Bréfritari: Jón Jónsson
Viðtakandi: Jón Borgfirðings Jónsson
Dagsetning: A-1856-10-28
Skrifað á: Hesti  Borg.

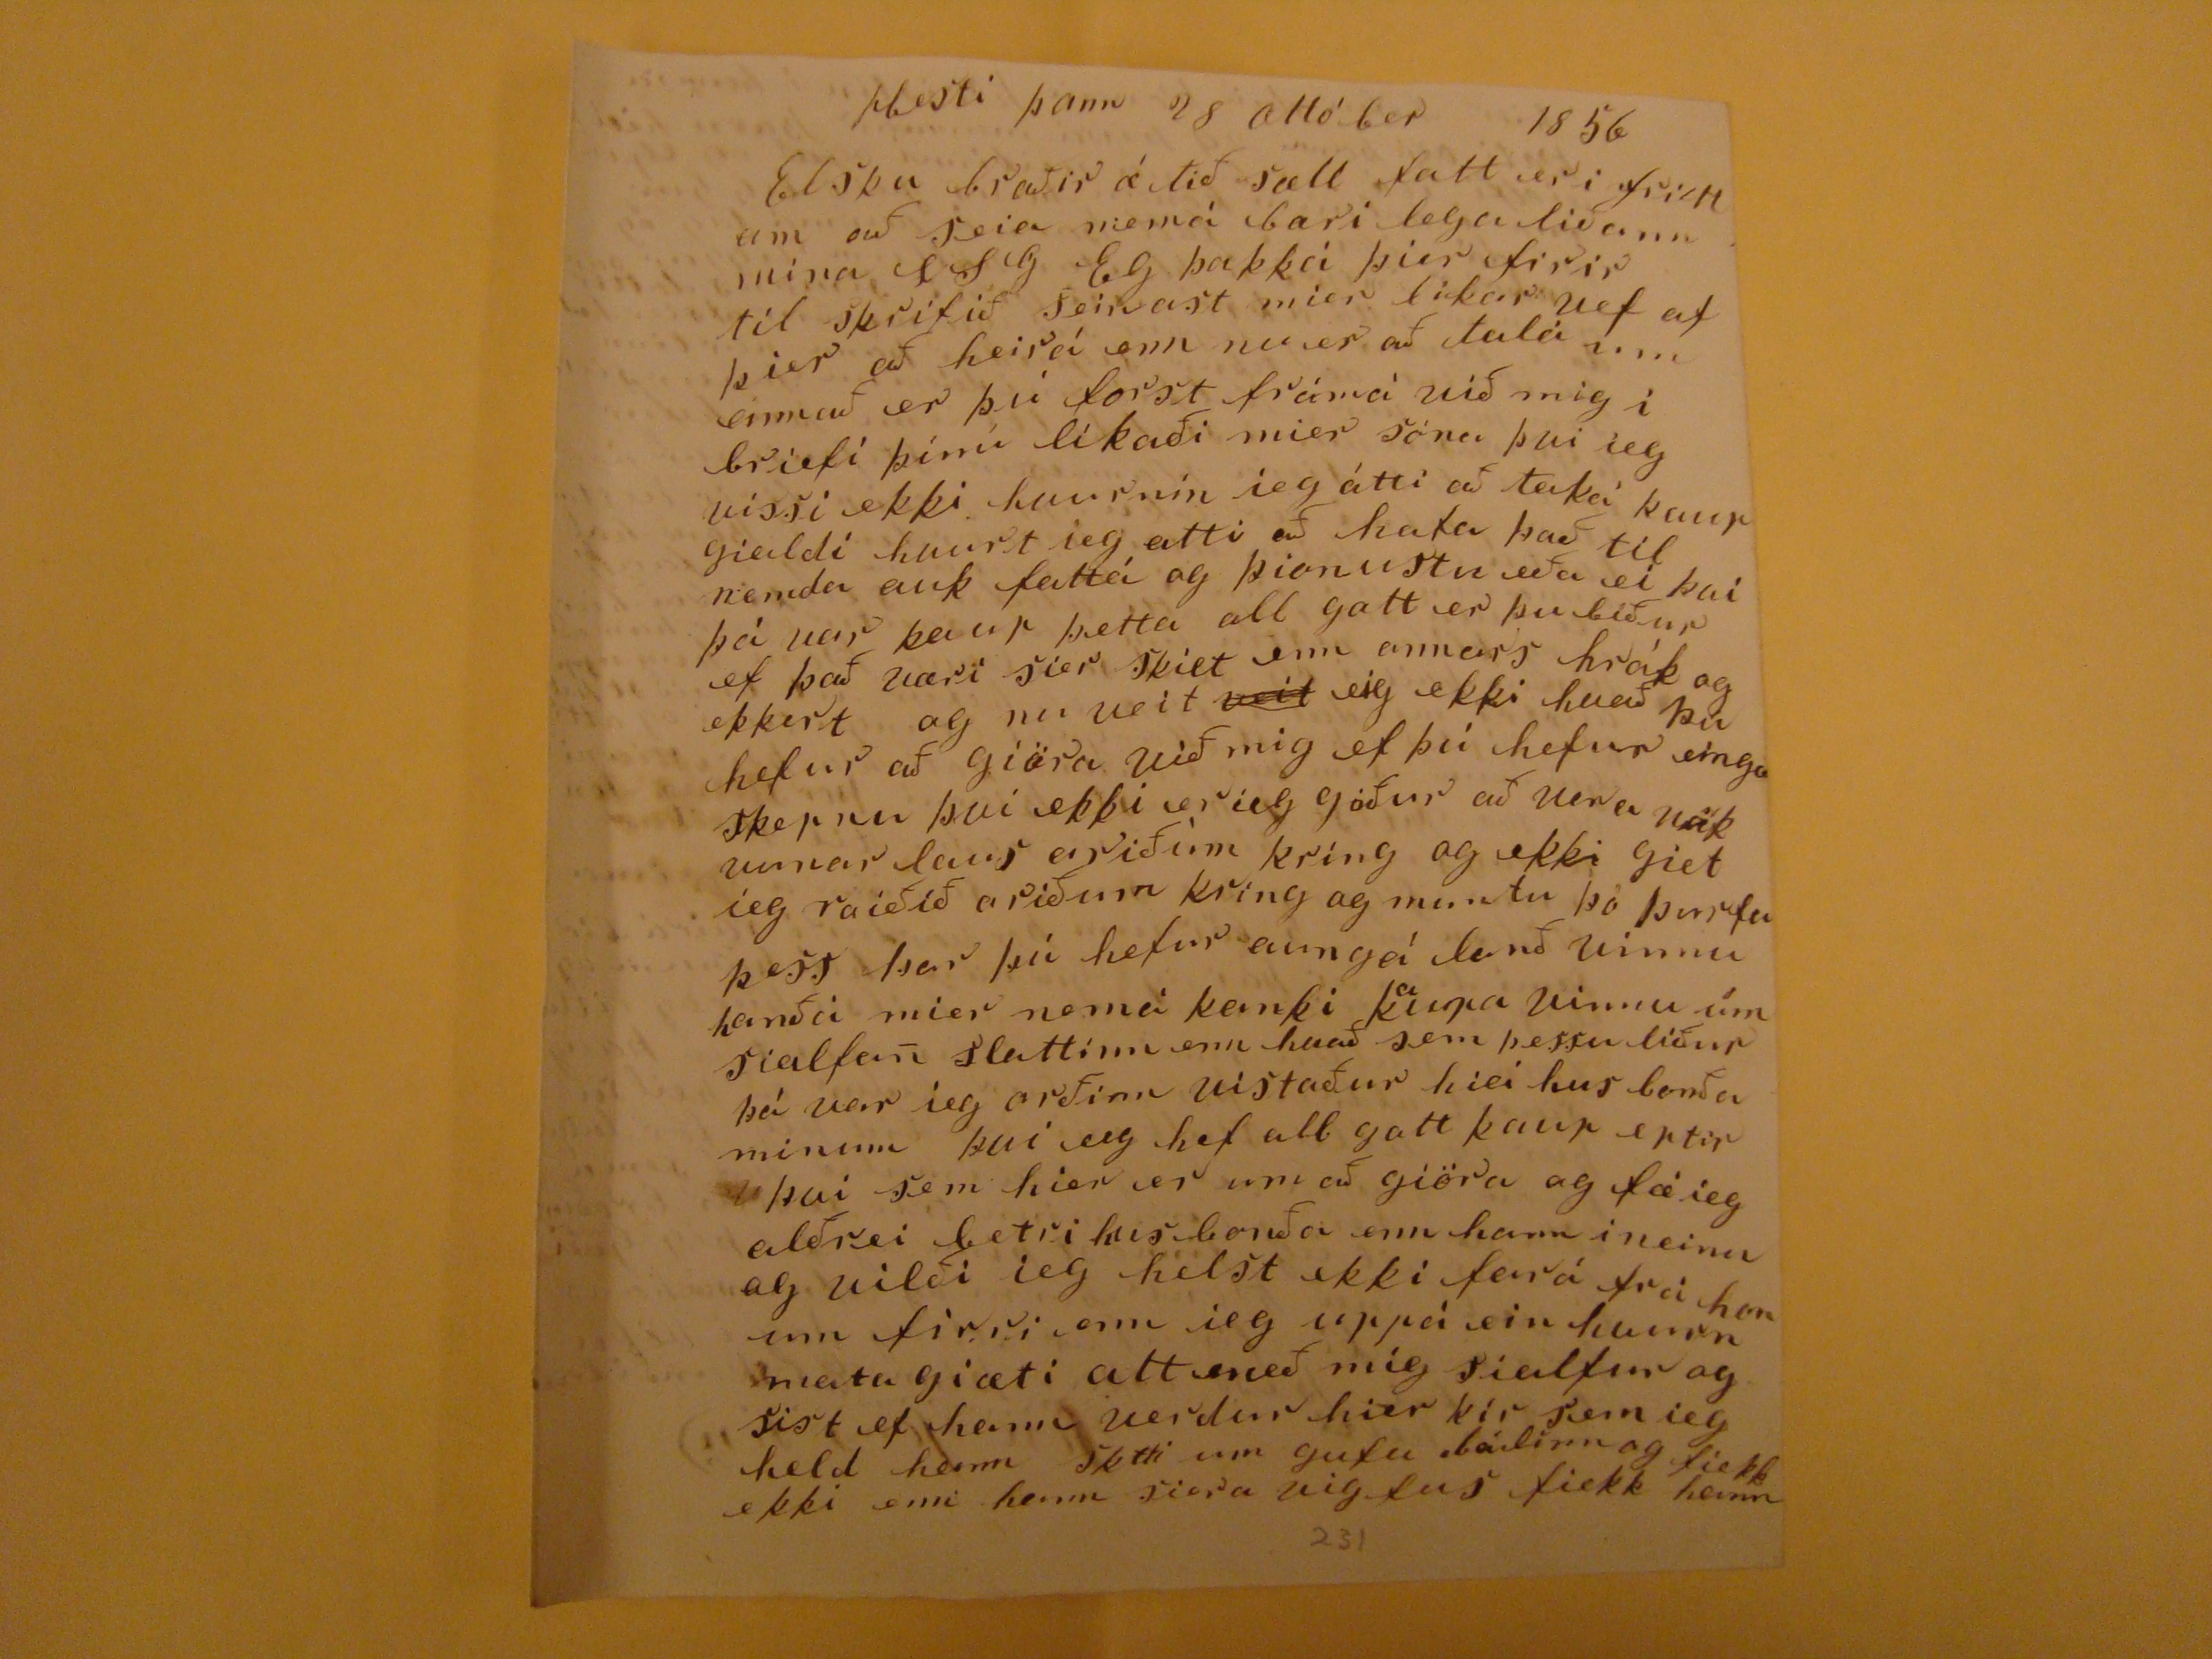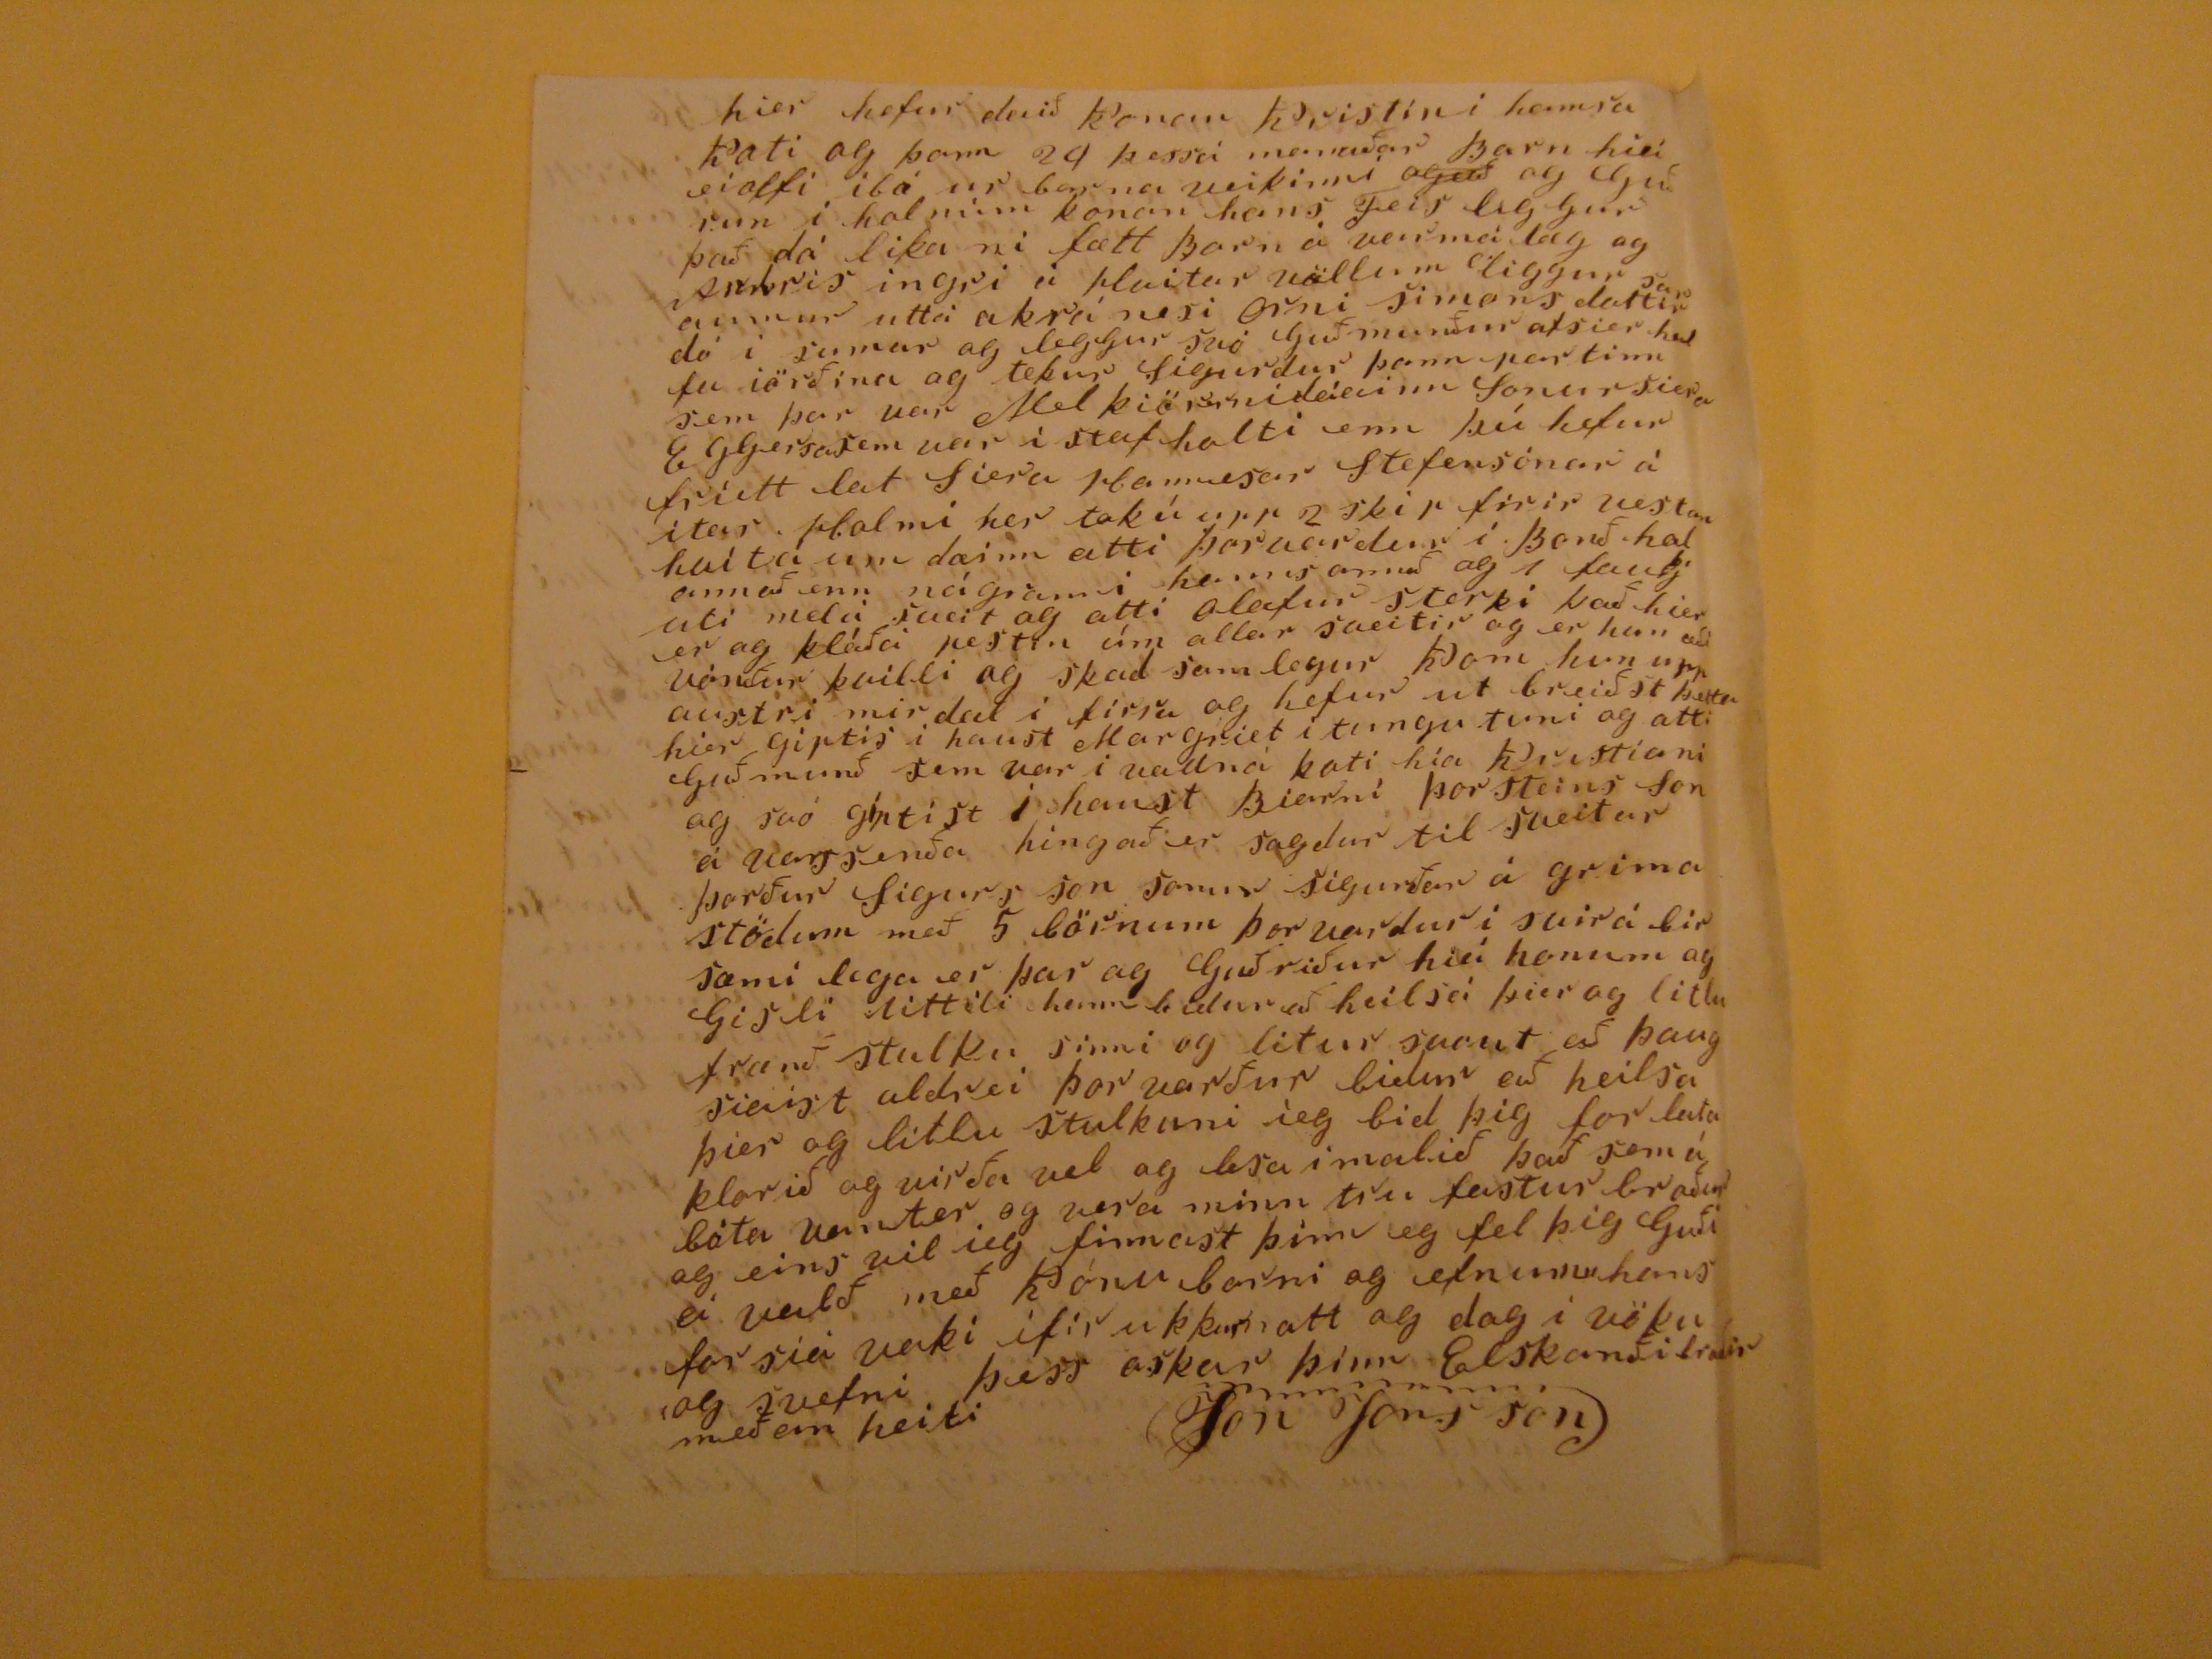

Hesti þann 28 Ottóber 1856
Elsku broðir æ tið sæll fatt er i friettum að seia memá bæri lega liðann mina
LSG
Eg þakká þier firir til skrifið seinast mier likar vef af þier að heirá enn nu er að tala um annað er þú forst frámá við mig í briefí þínu líkaði mier sonu því ieg vissi ekki hvurnin ieg átti að taka kaupgialdi hvurt ieg atti að hafa það til nemda auk fattá og þionustu eða ei þvi þá var kaup þetta all gott er þu biður ef það væri sier skiet enn annars hrák og ekkert og nu veit
veit
eig ekki hvað þu hefur að giöra við mig ef þú hefur einga skepnu þvi ekki er ieg góður að era
nakunnar laus ariðum
kríng og ekki giet ieg raiðið ariðum kring og muntu þó þurfa þess þar þú hefur aungá lanð vinnu hanða mier namá kanki k
a
upa vinnu um sialfan slattinn enn hvað sem þessu liður þá var ieg orðinn vistaður hiá hus bonða minum þvi eig hef all gott kaup eptir þvi sem hier er um að giöra og fæ ieg alðrei betri hus boða enn hann i neinu og vilði ieg helst ekki fará frá honum firri enn ieg uppá ein hvurn mata giæti att með mig sialfur og sist ef hann verdur hier kir sem ieg held hann
sktti
um gufu bádinn og fiekk ekki enn hann siera vigfus fiekk hann
hier hefur daið konan Kristín i hamrakoti og þann 24 þessa manaðar Barn hier eiolfi ibæ ur barna veikinni
oguð
og Guðrun i holnum konan hans Feis liggur það dó lika ni fætt Barn á varmálæg og Andris ingri á Hvitar völlum liggur sar aumur uttá akrá nesi Orni simons dottir dó i sumar og leggur svo Guð munður afsier
hedfu
iörðina og tekur Sigurdur þann partinn sem þar var
Melkiörrnideiainn
sonur siera Eggersasem var i stafholti enn þú hefur friett lat Siera Hannesar Stefensónar á itar Holmi her tokú upp 2 skip firir vestan hvita um dæinn atti Þorvadrur i Bonð hol annað enn nágranni hanns annað og 1
faukj
uti melá sveit og atti Olafur sterki það hier er og kláðapestin úm allar sveitir og er hun að vónður kvilli og skad samlegur Kom hun upp austri mirdal i firra og hefur ut breiðst þetta hier giptis i haust Margriet i tungu tuni og atti Guðmunð sem var i vallna koti hia Kristiani og svo giptist i haust Biarni Þorsteins son a varssenða hingað er sagdur til sveitar Þorður Sigurs son sonur Sigurðar á grima stöðum með 5 börnum Þorvadrur i svirabir sæmilega er þar og Guðriður hiá hinum og Gisli littili hann bidur að heilsá þier og litlu frænð stulku sinni og litur svont að þaug siaist aldrei Þorvarður bidur að heilsa þier og litlu stulkuni ieg bid þig forlata klorið og virða vel og lesa i malið það sem á báta vanter og vera minn tru fastur broður og eins vil ieg finnast þinn eg fel þig Guði á valð með Kónu barni go efnum hans forsia vaki ifir ukkur natt og dag i vöku og svefni þess oskar þinn Elskanði broðir meðan heiti Jon Jons son